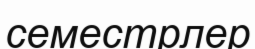
семестрлер